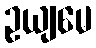
ဥယျမေ